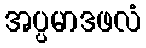
အပ္ပမာဒဖလံ